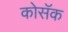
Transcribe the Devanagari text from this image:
कोसॅक